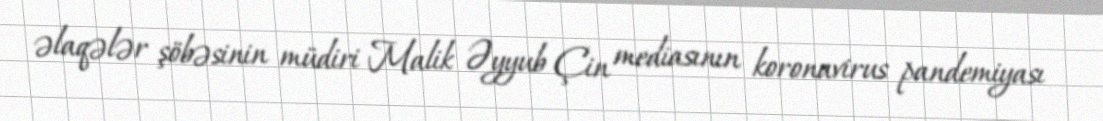
əlaqələr şöbəsinin müdiri Malik Əyyub Çin mediasının koronavirus pandemiyası